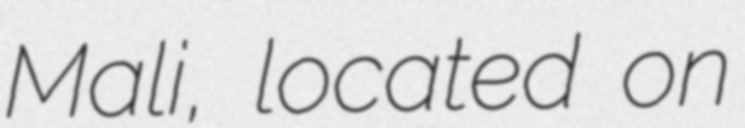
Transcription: Mali, located on